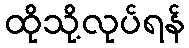
ထိုသို့လုပ်ရန်